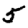
Digit: 5